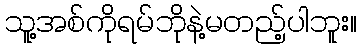
သူ့အစ်ကိုရမ်ဘိုနဲ့မတည့်ပါဘူး။